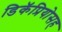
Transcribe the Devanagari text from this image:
डिकॅप्रियोसह